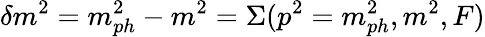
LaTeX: \delta m^{2}=m_{ph}^{2}-m^{2}=\Sigma(p^{2}=m_{ph}^{2},m^{2},F)